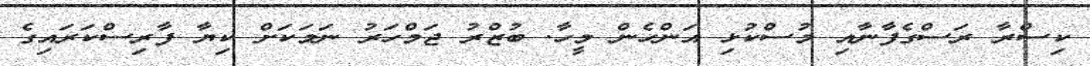
ކިސްރާ ރަސްގެފާނާއި މުސްކުޅި އަންހެން މީހާ. ބުޒްރު ޖަމްހަރު ނަމަކަށް ކިޔާ ފާރިސްކަރައިގެ